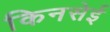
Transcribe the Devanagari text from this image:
किनसेई